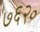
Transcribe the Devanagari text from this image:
७६२०